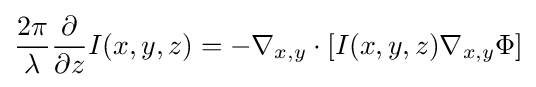
{\frac {2\pi }{\lambda }}{\frac {\partial }{\partial z}}I(x,y,z)=-\nabla _{x,y}\cdot [I(x,y,z)\nabla _{x,y}\Phi ]